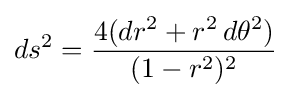
ds^{2}={4(dr^{2}+r^{2}\,d\theta ^{2}) \over (1-r^{2})^{2}}